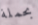
بحملة